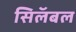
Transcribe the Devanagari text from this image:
सिलॅबल